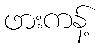
ဖားကန့်